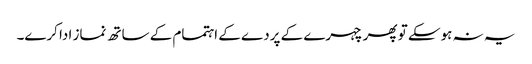
یہ نہ ہوسکے تو پھر چہرے کے پردے کے اہتمام کے ساتھ نماز ادا کرے۔